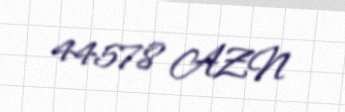
44578 AZN